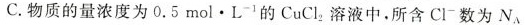
C.物质的量浓度为0.5 mol · L^{-1}的CuCl_{2}溶液中。所含Cl^{-}数为N_{A}